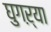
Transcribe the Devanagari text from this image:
घुगऱ्या